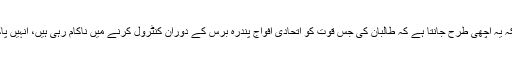
عام لوگوں کو سنانے کے لئے مخالفانہ بیانات دینے کے باوجود امریکہ یہ اچھی طرح جانتا ہے کہ طالبان کی جس قوت کو اتحادی افواج پندرہ برس کے دوران کنٹرول کرنے میں ناکام رہی ہیں، انہیں پاکستان تن تنہا کس طرح امریکی شرائط ماننے پر مجبور کر سکتا ہے۔